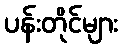
ပန်းတိုင်များ